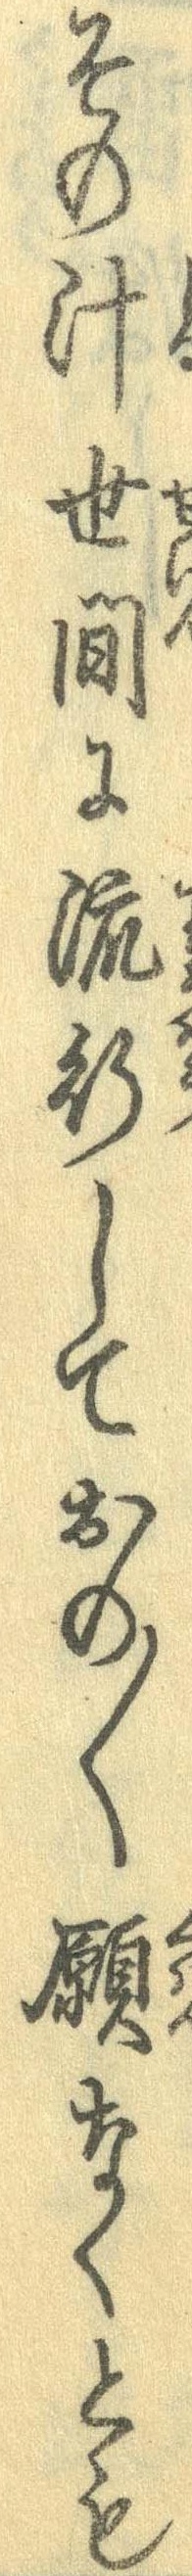
その汁世間に流行しておの〱願なくとも